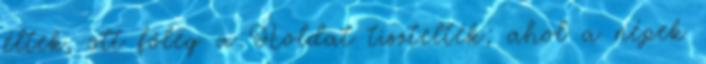
éltek, ott főleg a Holdat tisztelték; ahol a népek